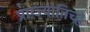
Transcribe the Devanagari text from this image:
प्राग्ज्योतिच्ह